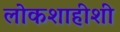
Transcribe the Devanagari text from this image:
लोकशाहीशी